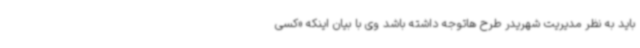
باید به نظر مدیریت شهریدر طرح هاتوجه داشته باشد وی با بیان اینکه «کسی